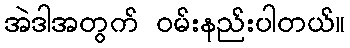
အဲဒါအတွက် ဝမ်းနည်းပါတယ်။